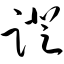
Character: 蹬